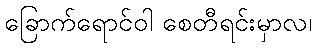
ခြောက်ရောင်ဝါ စေတီရင်းမှာလ၊